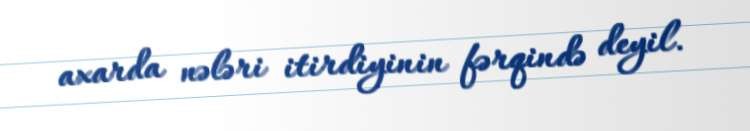
axarda nələri itirdiyinin fərqində deyil.